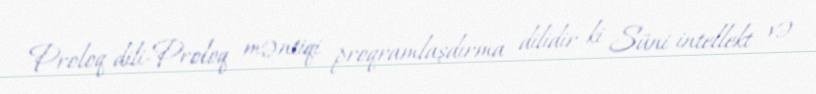
Proloq dili-Proloq məntiqi proqramlaşdırma dilidir ki Süni intellekt və